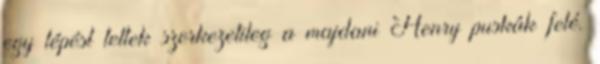
egy lépést tettek szerkezetileg a majdani Henry puskák felé.